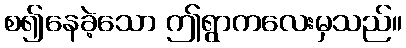
စ၍နေခဲ့သော ဤရွာကလေးမှသည်။